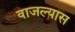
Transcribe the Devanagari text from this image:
वाजल्यास